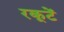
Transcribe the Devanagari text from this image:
रकूटें